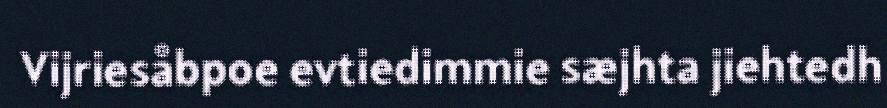
Vijriesåbpoe evtiedimmie sæjhta jiehtedh